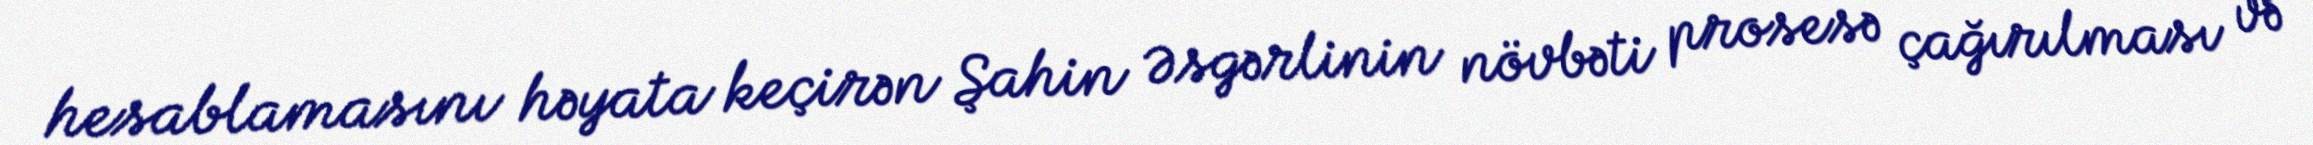
hesablamasını həyata keçirən Şahin Əsgərlinin növbəti prosesə çağırılması və